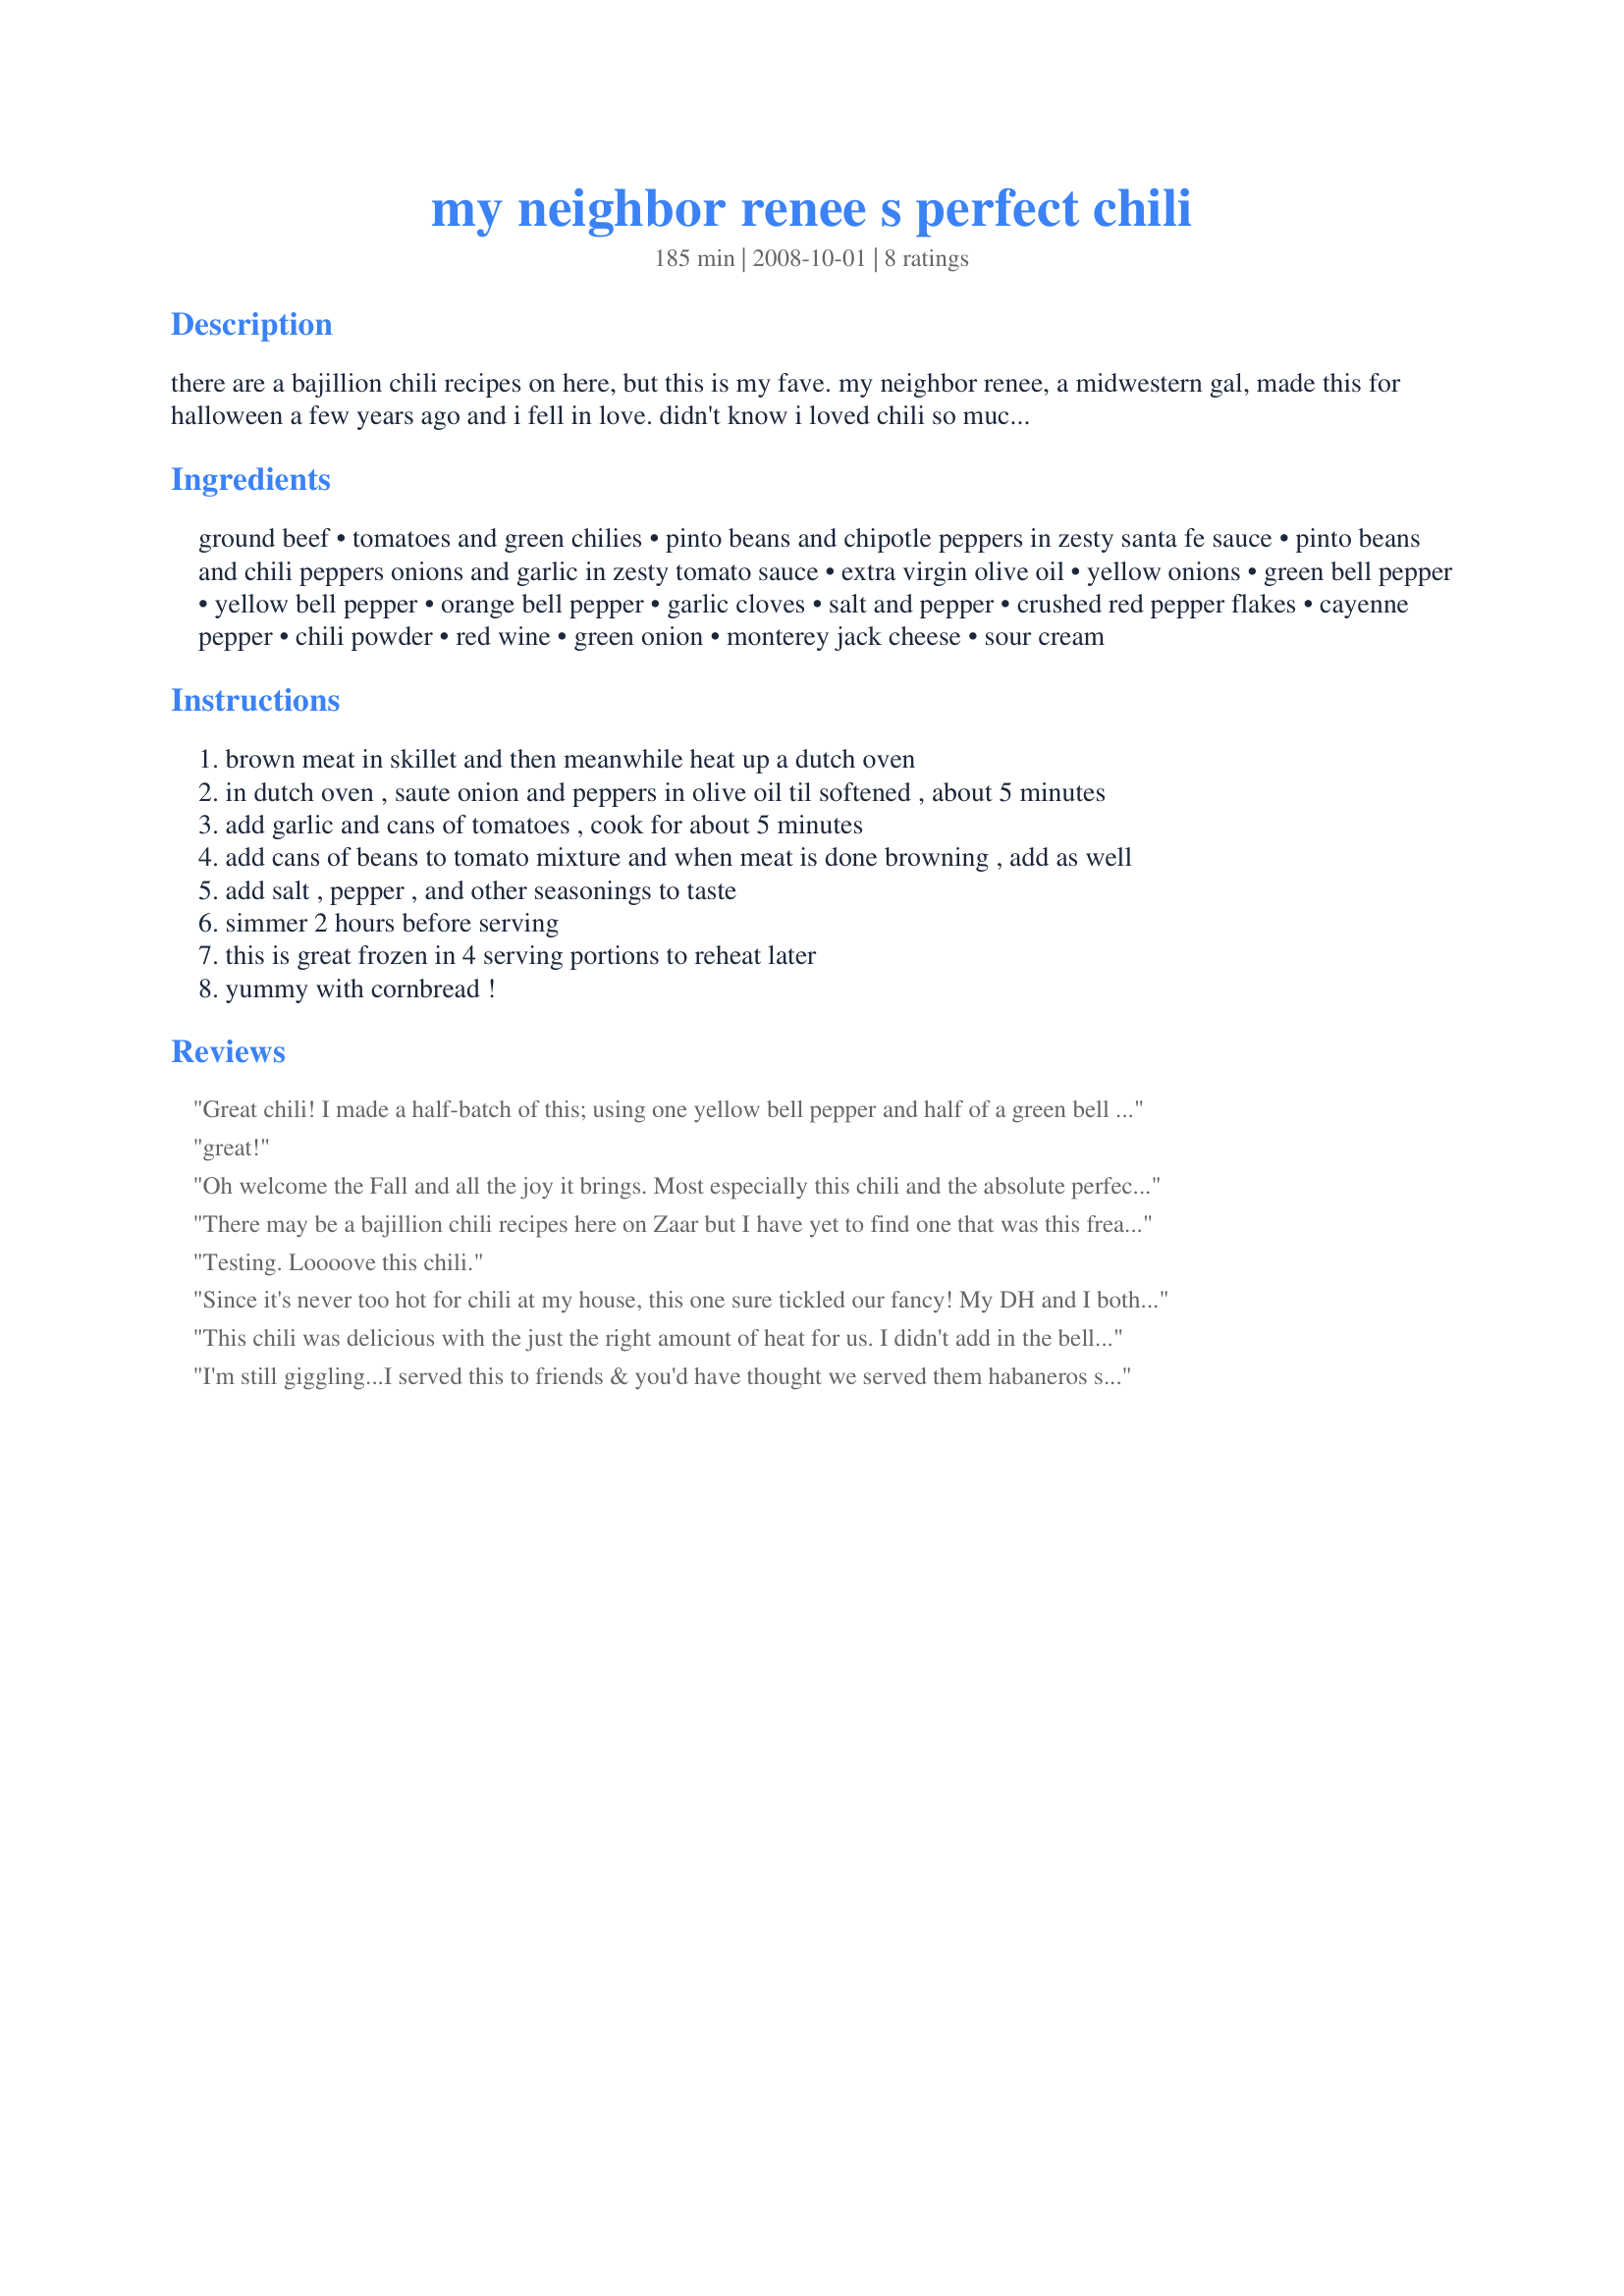
my neighbor renee s perfect chili
Preparation time: 185 minutes

there are a bajillion chili recipes on here, but this is my fave. my neighbor renee, a midwestern gal, made this for halloween a few years ago and i fell in love. didn't know i loved chili so much! posted at the request of another great gal...ncmysteryshopper! update 10/7: ncmysteryshopper had some difficulty finding some of these specialized pinto beans so she created a similar chili with the same flavors, but without the fancy beans. for those of you in a non-pinto friendly area, you can give her recipe #329160 a try-looks yummy too!!

Ingredients:
ground beef, tomatoes and green chilies, pinto beans and chipotle peppers in zesty santa fe sauce, pinto beans and chili peppers onions and garlic in zesty tomato sauce, extra virgin olive oil, yellow onions, green bell pepper, yellow bell pepper, orange bell pepper, garlic cloves, salt and pepper, crushed red pepper flakes, cayenne pepper, chili powder, red wine, green onion, monterey jack cheese, sour cream

Steps:
brown meat in skillet and then meanwhile heat up a dutch oven
in dutch oven , saute onion and peppers in olive oil til softened , about 5 minutes
add garlic and cans of tomatoes , cook for about 5 minutes
add cans of beans to tomato mixture and when meat is done browning , add as well
add salt , pepper , and other seasonings to taste
simmer 2 hours before serving
this is great frozen in 4 serving portions to reheat later
yummy with cornbread !

Reviews:
Great chili! I made a half-batch of this; using one yellow bell pepper and half of a green bell pepper. I had no trouble finding the canned ingredients in my market. I decided to not add any of the optional ingredients until the chili was finished cooking to see how spicy it was; turned out the heat was just right and I didn't need to add any of the optional heat. I did double the amount of wine listed-just a personal preference!
great!
Oh welcome the Fall and all the joy it brings. Most especially this chili and the absolute perfect balance of tastes, spice, beans, and tomato flavors as it bubbles happily on the back stove, dominating the kitchen for best aroma of the week. I used the nifty yellow onion, as I pulled them from the garden weeks ago, and now have just come into their own special taste. I did use some pulled chicken meat, in place of the beef.
Other then that stayed true to the recipe, and use Rotel diced tomatoes and habenaro chili instead of the basic green chili one. We love .....I love all the spicy taste, the fact that you start sniffiling, and haaaaa-chooooiinnnng.....is always a great sign the tastes are splendid. For the topping I chopped more onion up (didn't have green onion - but now I think of it, I did have chives - darn it' should of used them too) added a fresh jalapeno sliced and fat-free sour cream, and cheese. Oh how yummy! This was truly wonderful Liza, you must, must tell your friend Renee, this is the best I have ever tasted. Thank you so much for sharing this, Liza! Made for *Elves Appreciation Month* Fall 2008.
There may be a bajillion chili recipes here on Zaar but I have yet to find one that was this freaking OUTSTANDING! This chili is the best chili I have ever put in my mouth. The different levels of heat were perfectly balanced. I did have trouble finding a few of the ingredients though, but found suitable substitutions. I will never make boring chili again. You are my hero!
Testing. Loooove this chili.
Since it's never too hot for chili at my house, this one sure tickled our fancy! My DH and I both had seconds. With cornbread on the side it was excellent!
This chili was delicious with the just the right amount of heat for us. I didn't add in the bell peppers because DH doesn't really like them. Otherwise followed the recipe and served with cornbread. It was an outstanding lunch. Call me very embarrased, but this is a very late review for the Elves Appreciation Cookathon in the Photo forum.
I'm still giggling...I served this to friends & you'd have thought we served them habaneros straight up! However - my entire family thought it was absolutely perfect!! I couldn't find the proper beans so I used 2 cans of pintos, added extra onions, garlic, tomato sauce & chipotles (just 1, actually - glad I didn't add 2, lol!) I DID skip the wine & had a beer instead, tho. ;) Thanks, Liza!
